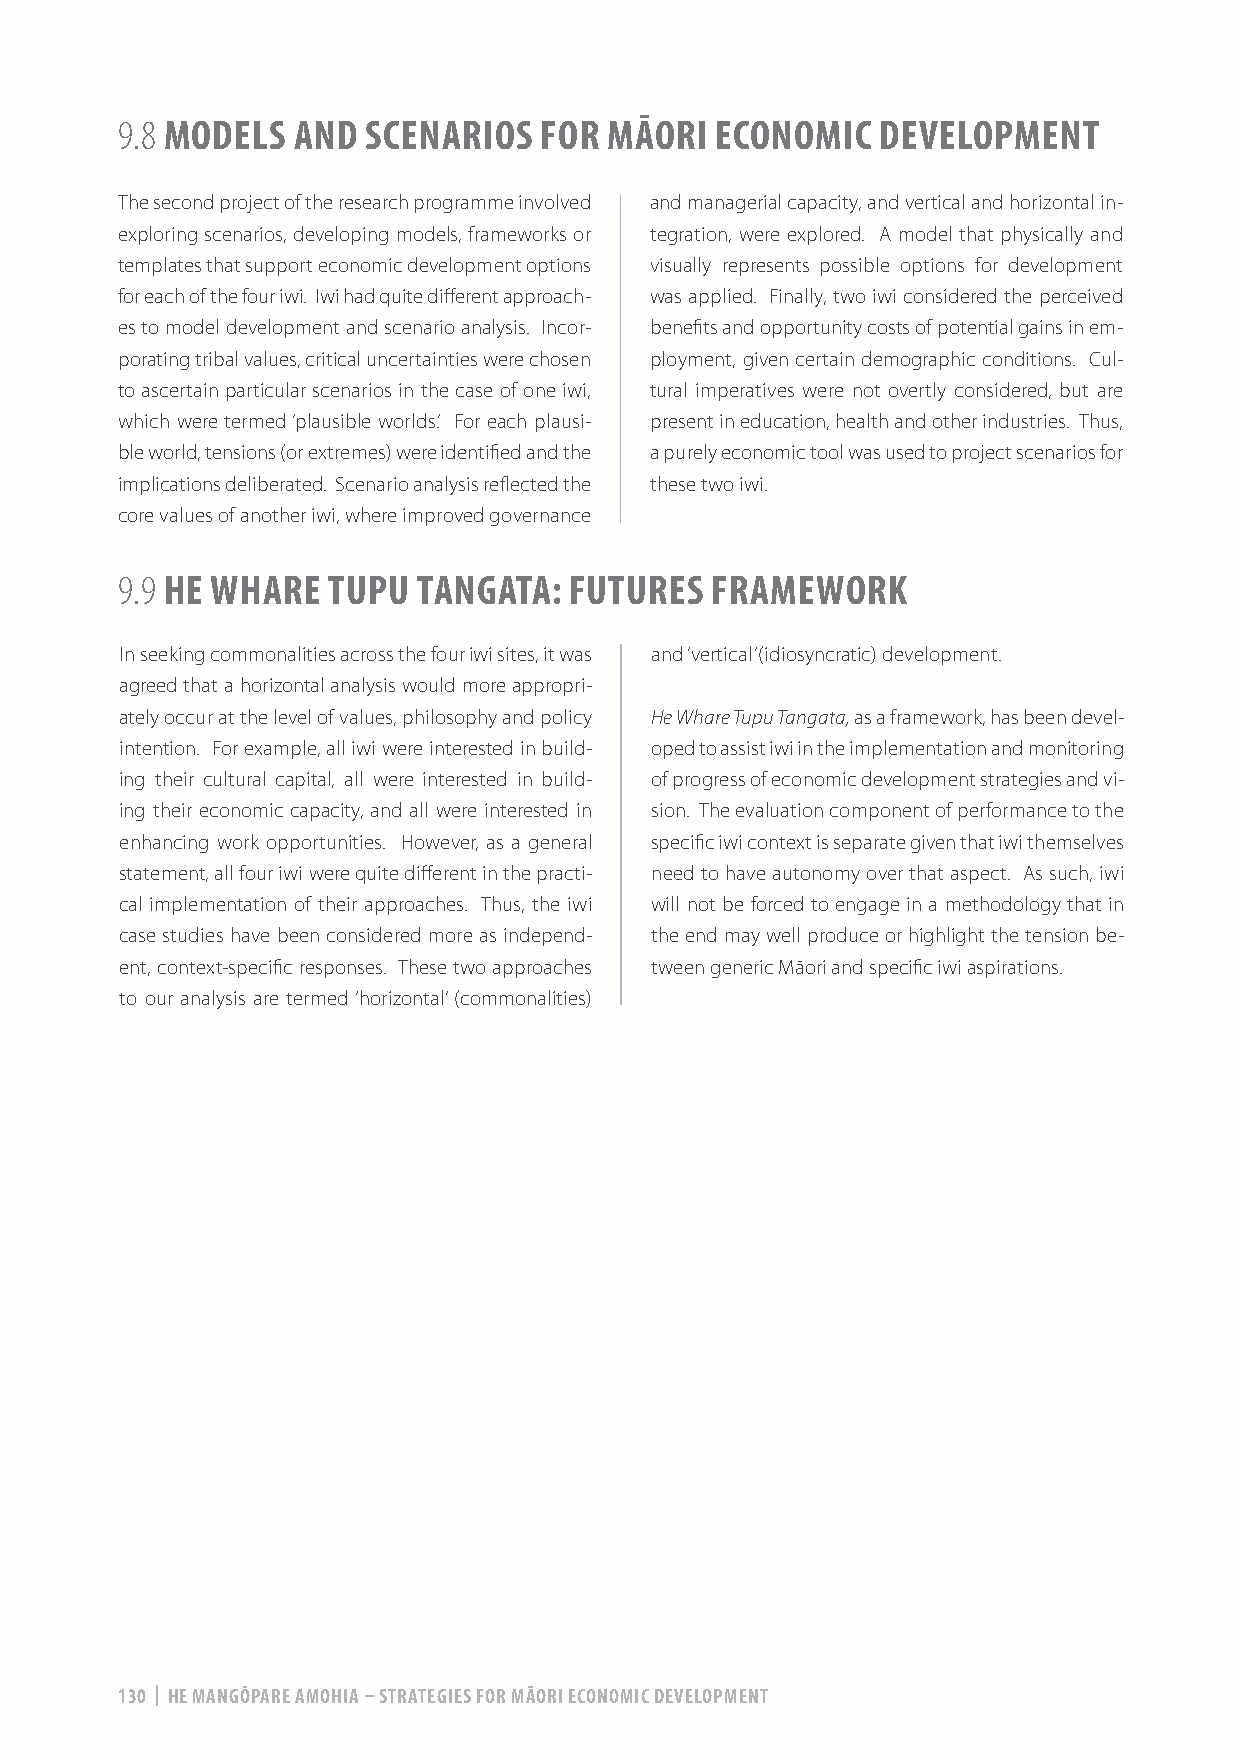
9.8 MODELS AND  SCENARIOS   FOR MĀORI  ECONOMIC   DEVELOPMENT
 The second project of the research programme involved and managerial capacity, and vertical and horizontal in-
 exploring scenarios, developing models, frameworks or tegration, were explored. A model that physically and
 templates that support economic development options visually represents possible options for development
 for each of the four iwi. Iwi had quite different approach- was applied. Finally, two iwi considered the perceived
 es to model development and scenario analysis. Incor- benefits and opportunity costs of potential gains in em-
 porating tribal values, critical uncertainties were chosen ployment, given certain demographic conditions. Cul-
 to ascertain particular scenarios in the case of one iwi, tural imperatives were not overtly considered, but are
 which were termed ‘plausible worlds’. For each plausi- present in education, health and other industries. Thus,
 ble world, tensions (or extremes) were identified and the a purely economic tool was used to project scenarios for
 implications deliberated. Scenario analysis reflected the these two iwi.
 core values of another iwi, where improved governance
 9.9 HE WHARE  TUPU  TANGATA:  FUTURES  FRAMEWORK
 In seeking commonalities across the four iwi sites, it was and ‘vertical’ (idiosyncratic) development.
 agreed that a horizontal analysis would more appropri-
 ately occur at the level of values, philosophy and policy He Whare Tupu Tangata, as a framework, has been devel-
 intention. For example, all iwi were interested in build- oped to assist iwi in the implementation and monitoring
 ing their cultural capital, all were interested in build- of progress of economic development strategies and vi-
 ing their economic capacity, and all were interested in sion. The evaluation component of performance to the
 enhancing work opportunities. However, as a general specific iwi context is separate given that iwi themselves
 statement, all four iwi were quite different in the practi- need to have autonomy over that aspect. As such, iwi
 cal implementation of their approaches. Thus, the iwi will not be forced to engage in a methodology that in
 case studies have been considered more as independ- the end may well produce or highlight the tension be-
 ent, context-specific responses. These two approaches tween generic Māori and specific iwi aspirations.
 to our analysis are termed ‘horizontal’ (commonalities)
 130 | HE MANGŌPARE AMOHIA – STRATEGIES FOR MĀORI ECONOMIC DEVELOPMENT